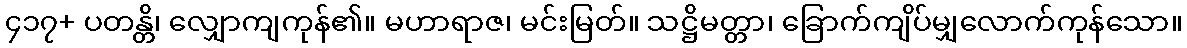
၄၁၇+ ပတန္တိ၊ လျှောကျကုန်၏။ မဟာရာဇ၊ မင်းမြတ်။ သဋ္ဌိမတ္တာ၊ ခြောက်ကျိပ်မျှလောက်ကုန်သော။